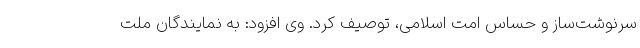
سرنوشت‌ساز و حساس امت اسلامی، توصیف کرد. وی افزود: به نمایندگان ملت